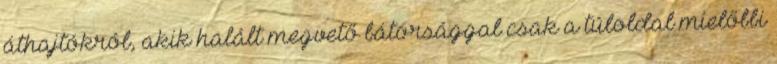
áthajtókról, akik halált megvető bátorsággal csak a túloldal mielőbbi